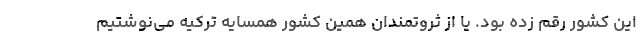
این کشور رقم زده بود. یا از ثروتمندان همین کشور همسایه ترکیه می‌نوشتیم